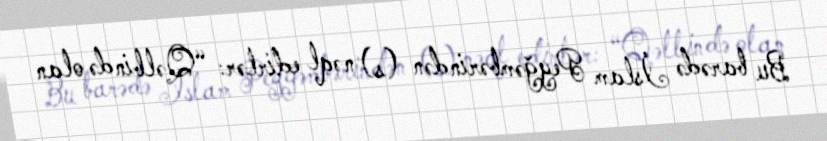
Bu barədə İslam Peyğəmbərindən (s) nəql edirlər: “Qəlbində olan